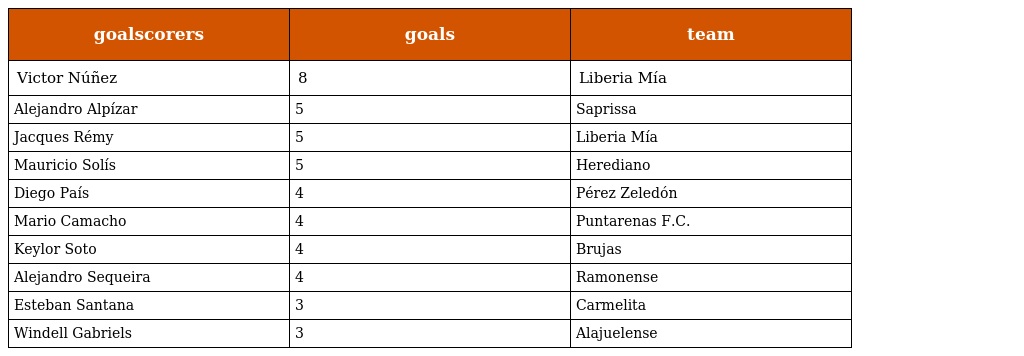
| goalscorers | goals | team |
 | --- | --- | --- |
 | Victor Núñez | 8 | Liberia Mía |
 | Alejandro Alpízar | 5 | Saprissa |
 | Jacques Rémy | 5 | Liberia Mía |
 | Mauricio Solís | 5 | Herediano |
 | Diego País | 4 | Pérez Zeledón |
 | Mario Camacho | 4 | Puntarenas F.C. |
 | Keylor Soto | 4 | Brujas |
 | Alejandro Sequeira | 4 | Ramonense |
 | Esteban Santana | 3 | Carmelita |
 | Windell Gabriels | 3 | Alajuelense |